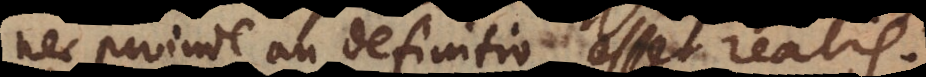
nec proinde an definitio esset realis.